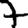
Digit: 7